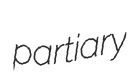
partiary